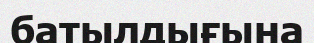
батылдығына